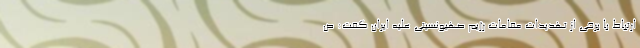
ارتباط با برخی از تهدیدات مقامات رژیم صهیونسیتی علیه ایران گفت: ص